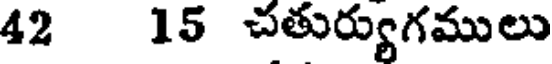
42 15 చతుర్యుగములు